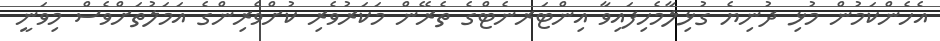
އެހެންކަމުން މުޅި ދުނިޔެ ގުޅިލާމެހިފައިވާ އިންޓަރނެޓްގެ ތެރޭން މަކަރުވެރި ކުށްވެރިންގެ އަމަލުތަށްވެސް މިވަނީ